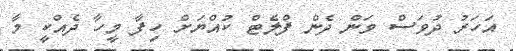
އަހަރު ދުވަސް ވަން ދެން ފްލެޓް ކުއްޔަށް ހިފާ މީހާ ދެއްކީ މާ